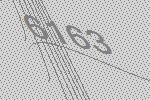
6163